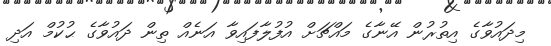
މިދައުވާގެ އިތުރުން އޭނާގެ މައްޗަށް އުފުލާފައިވާ އަނެއް ތިން ދައުވާގެ ޙުކުމް އަދި